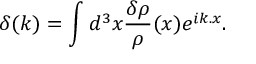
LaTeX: \delta ( k ) = \int d ^ { 3 } x { \frac { \delta \rho } { \rho } } ( x ) e ^ { i k . x } .